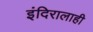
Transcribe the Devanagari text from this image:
इंदिरालाही